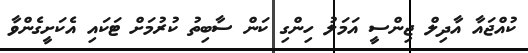
ކުއްޖައާ އާދިލް ޖިންސީ އަމަލު ހިންގި ކަން ސާބިތު ކުރުމަށް ޓަކައި އެކަށީގެންވާ